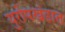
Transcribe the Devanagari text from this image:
युरोपखंडात